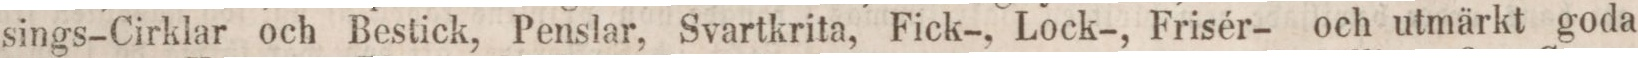
sings-Cirklar och Bestick, Penslar, Svartkrita, Fick-, Lock-, Frisér- och utmärkt goda